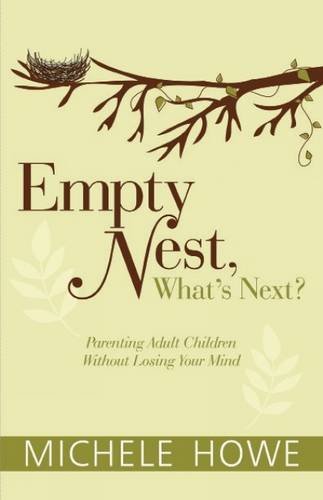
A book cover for Empty Nest: What's Next?: Parenting Adult Children Without Losing Your Mind; Michele Howe; Parenting & Relationships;